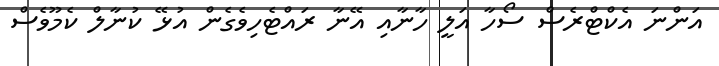
އަންނަ އެކްޓްރެސް ސޯހާ އަލީ ހާނާއި އޭނާ ރައްޓެހިވެގެން އުޅޭ ކުނާލް ކެމޫވެސް